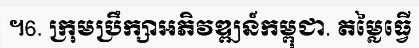
។6. ក្រុមប្រឹក្សាអភិវឌ្ឍន៍កម្ពុជា. តម្លៃធ្វើ